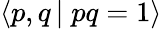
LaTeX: \langle p,q\, \vert\; pq=1\rangle